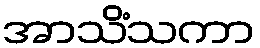
အာသိံသကာ